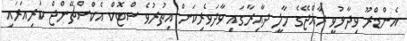
އެންޑްރޫ ވިދާޅުވީ ރާއްޖޭގެ މާލީ ދާއިރާގައި ވާދަވެރިކަން އިތުރުވެ ސްޓޮކް އެކްސްޗޭންޖް ކުރިއަރައި